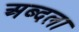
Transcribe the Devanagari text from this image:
अब्दला